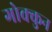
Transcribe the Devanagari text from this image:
गोक्कुन